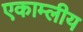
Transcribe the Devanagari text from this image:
एकाम्लीय